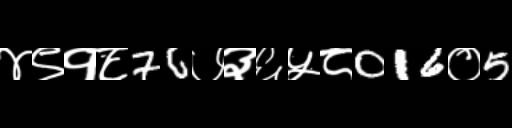
Text: ४९१८76७३६५८016०5